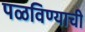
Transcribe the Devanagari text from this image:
पळविण्याची